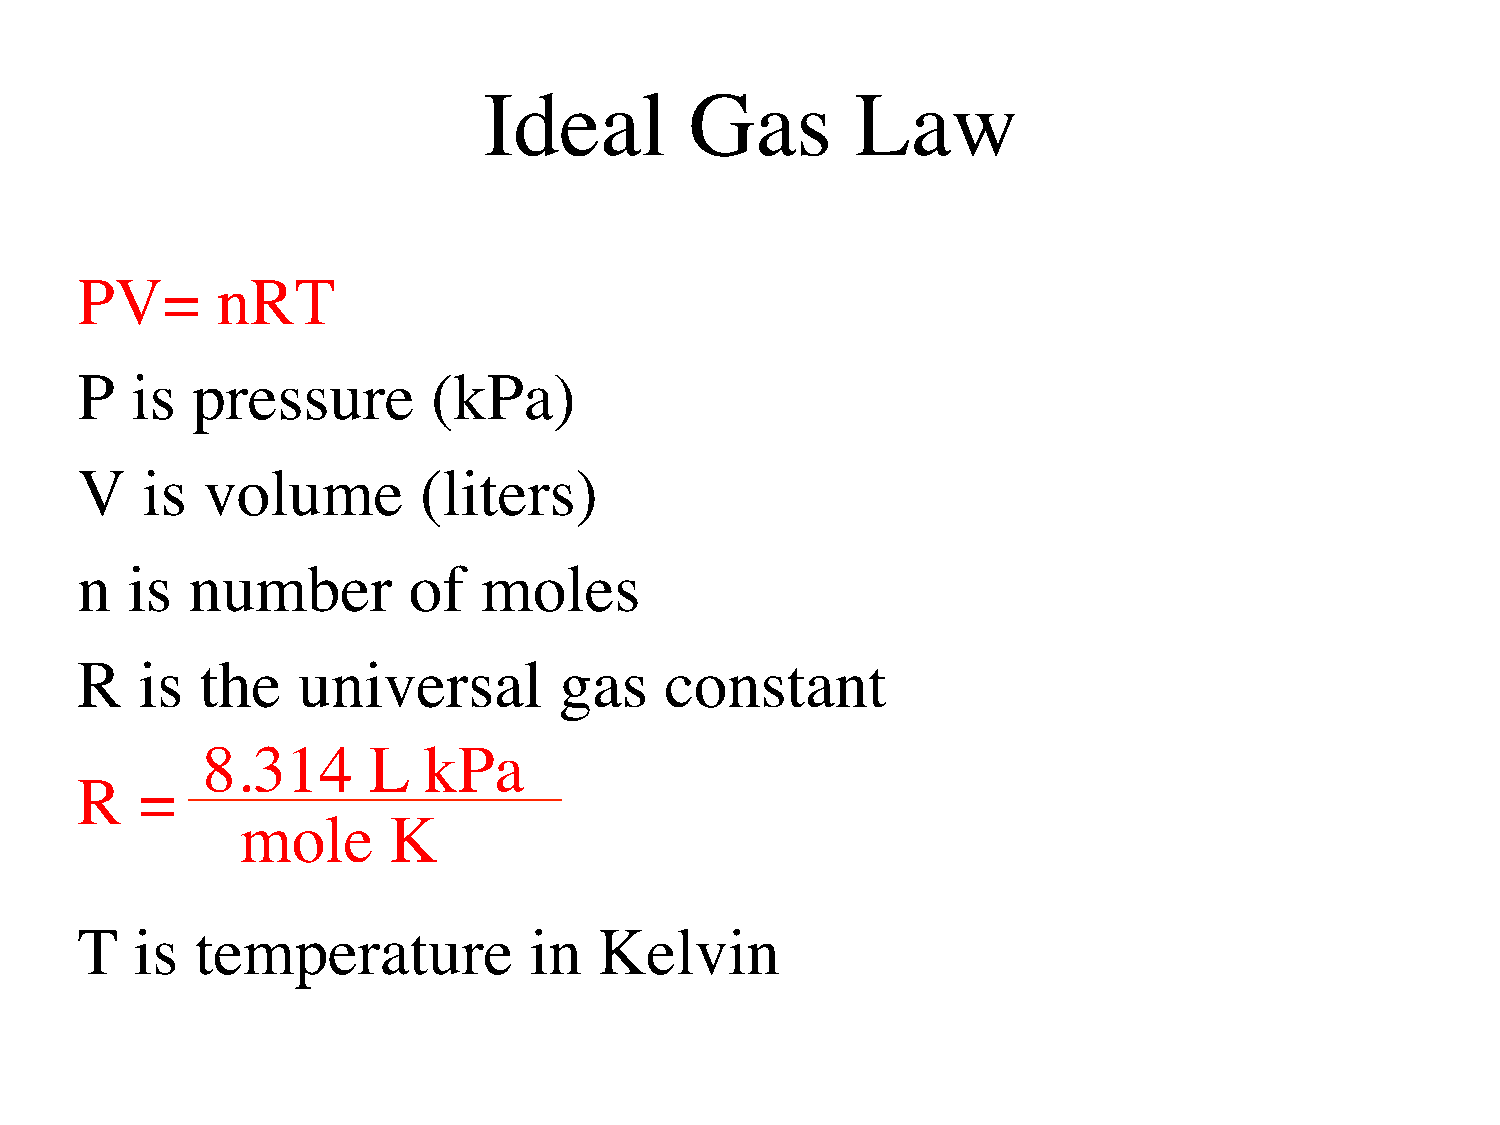
Ideal         Gas        Law
 PV=      nRT
 P   is  pressure        (kPa)
 V   is  volume         (liters)
 n  is  number         of   moles
 R   is  the    universal        gas    constant
 8.314      L   kPa
 R   =
 mole      K
 T   is  temperature           in   Kelvin